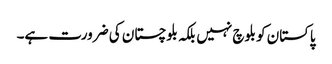
پاکستان کو بلوچ نہیں بلکہ بلوچستان کی ضرورت ہے۔